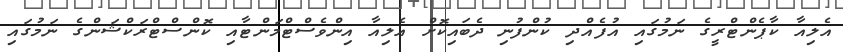
އެލިއާ ކާޕެންޓްރީގެ ނަމުގައި އުފެއްދި ކުންފުނި ދެބައިކޮށް އެލިއާ އިންވެސްޓްމަންޓާއި ކޮންސްޓްރަކްޝަންގެ ނަމުގައި